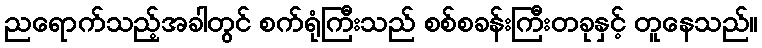
ညရောက်သည့်အခါတွင် စက်ရုံကြီးသည် စစ်စခန်းကြီးတခုနှင့် တူနေသည်။